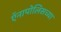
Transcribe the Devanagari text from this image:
ऍनापोलिसच्या